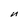
Character: n